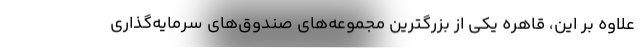
علاوه بر این، قاهره یکی از بزرگترین مجموعه‌های صندوق‌های سرمایه‌گذاری